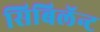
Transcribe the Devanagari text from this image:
सिबिलॅन्ट